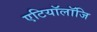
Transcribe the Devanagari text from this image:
एटियॉलॉजि